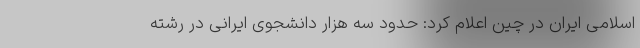
اسلامی ایران در چین اعلام کرد: حدود سه هزار دانشجوی ایرانی در رشته